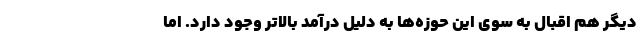
دیگر هم اقبال به سوی این حوزه‌ها به دلیل درآمد بالاتر وجود دارد. اما